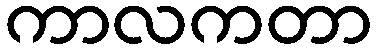
ကာလကတာ